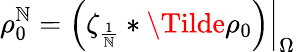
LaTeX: \rho_{0}^{\mathbb{N}}=\left.\left(\zeta_{\frac{{1}}{{\mathbb{N}}}}*\Tilde{\rho_{0}}\right)\right|_{\Omega}